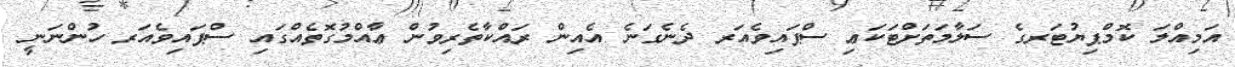
އަމިއްލަ ކޮމްޕިޔުޓަރގެ ސަލާމަތަށްޓަކަޢި ސްޕައިވެއަރ ދެނެގަނެ އެއިން ރައްކާތެރިވުން ޢާއްމުގޮތެއްގައި ސްޕައިވެއަރ ހުންނަނީ